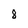
Character: 8